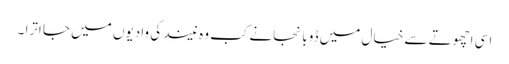
اسی اچھوتے سے خیال میں ڈوبا نجانے کب وہ نیند کی وادیوں میں جا اترا ۔